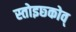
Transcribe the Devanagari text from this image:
स्तोइछ्कोव्